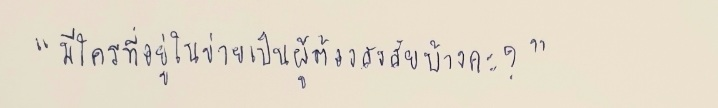
"มีใครที่อยู่ในข่ายเป็นผู้ต้องสงสัยบ้างคะ?"